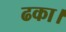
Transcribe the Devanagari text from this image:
ढका।